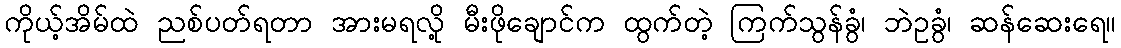
ကိုယ့်အိမ်ထဲ ညစ်ပတ်ရတာ အားမရလို့ မီးဖိုချောင်က ထွက်တဲ့ ကြက်သွန်ခွံ၊ ဘဲဥခွံ၊ ဆန်ဆေးရေ။